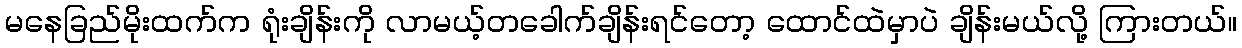
မနေခြည်မိုးထက်က ရုံးချိန်းကို လာမယ့်တခေါက်ချိန်းရင်တော့ ထောင်ထဲမှာပဲ ချိန်းမယ်လို့ ကြားတယ်။